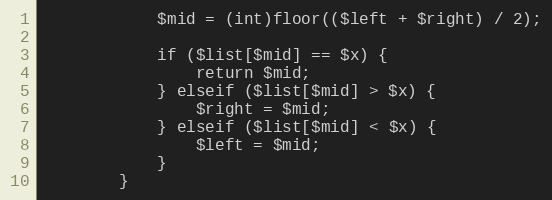
Language: PHP
            $mid = (int)floor(($left + $right) / 2);

            if ($list[$mid] == $x) {
                return $mid;
            } elseif ($list[$mid] > $x) {
                $right = $mid;
            } elseif ($list[$mid] < $x) {
                $left = $mid;
            }
        }